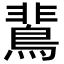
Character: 𪂏